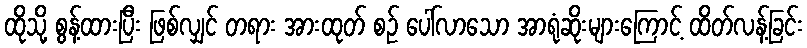
ထိုသို့ စွန့်ထားပြီး ဖြစ်လျှင် တရား အားထုတ် စဉ် ပေါ်လာသော အာရုံဆိုးများကြောင့် ထိတ်လန့်ခြင်း